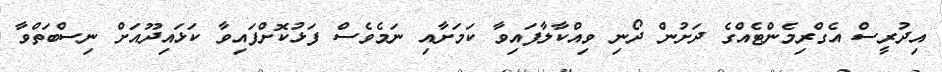
އިދުރީސް އެގްރިމެންޓެއްގެ ދަށުން ދޯނި ވިއްކާލާފައިވާ ކަމަށާއި ނަމެވެސް ފަޅުކޮށްފައިވާ ކަޅައިދޫއަށް ނިސްބަތްވާ